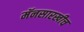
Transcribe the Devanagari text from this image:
मॅनसारखीच